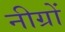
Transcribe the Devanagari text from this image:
नीग्रों